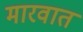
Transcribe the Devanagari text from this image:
मारवात